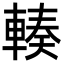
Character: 輳